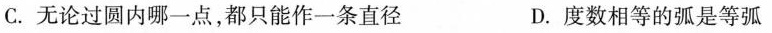
C.无论过圆内哪一点，都只能作一条直径 D.度数相等的弧是等弧